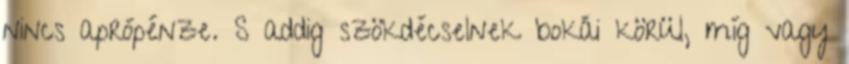
nincs aprópénze. S addig szökdécselnek bokái körül, míg vagy